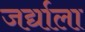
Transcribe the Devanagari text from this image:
जर्द्याला